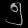
Digit: ၅